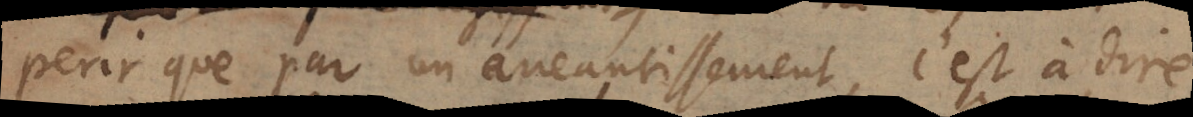
perir que par un aneantissement, c’est à dire